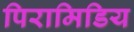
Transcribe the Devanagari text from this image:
पिरामिडिय